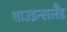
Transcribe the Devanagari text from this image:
शाउइन्सलैंड